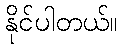
နိုင်ပါတယ်။